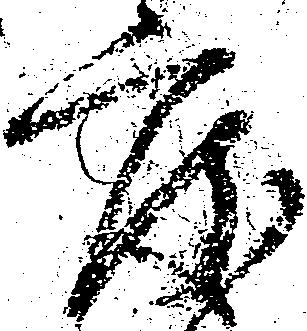
度